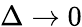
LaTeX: \Delta\xrightarrow{}0